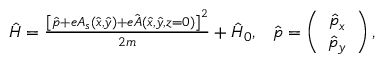
\begin{array} { r } { \hat { H } = \frac { \left[ \hat { \boldsymbol { p } } + e \boldsymbol { A } _ { s } ( \hat { x } , \hat { y } ) + e \hat { \boldsymbol { A } } ( \hat { x } , \hat { y } , z = 0 ) \right] ^ { 2 } } { 2 m } + \hat { H } _ { 0 } , \; \; \; \hat { \boldsymbol { p } } = \left( \begin{array} { c } { \hat { p } _ { x } } \\ { \hat { p } _ { y } } \end{array} \right) , } \end{array}